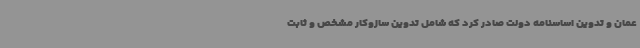
عمان و تدوین اساسنامه دولت صادر کرد که شامل تدوین سازوکار مشخص و ثابت